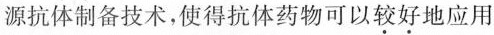
源抗体制备技术,使得抗体药物可以较好地应用